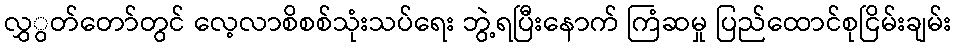
လွှွတ်တော်တွင် လေ့လာစိစစ်သုံးသပ်ရေး ဘွဲ့ရပြီးနောက် ကြံဆမှု ပြည်ထောင်စုငြိမ်းချမ်း